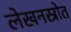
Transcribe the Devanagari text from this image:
लेखनस्रोत